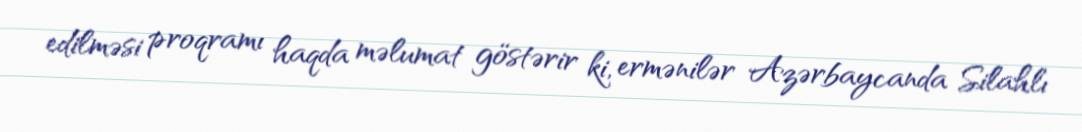
edilməsi proqramı haqda məlumat göstərir ki, ermənilər Azərbaycanda Silahlı